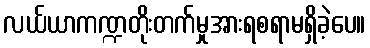
လယ်ယာကဏ္ဍတိုးတက်မှုအားရစရာမရှိခဲ့ပေ။